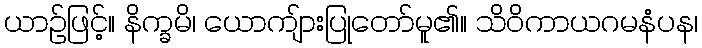
ယာဉ်ဖြင့်။ နိက္ခမိ၊ ယောကျ်ားပြုတော်မူ၏။ သိဝိကာယဂမနံပန၊